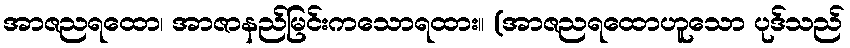
အာဇညရထော၊ အာဇာနည်မြင်းကသောရထား။ (အာဇညရထောဟူသော ပုဒ်သည်